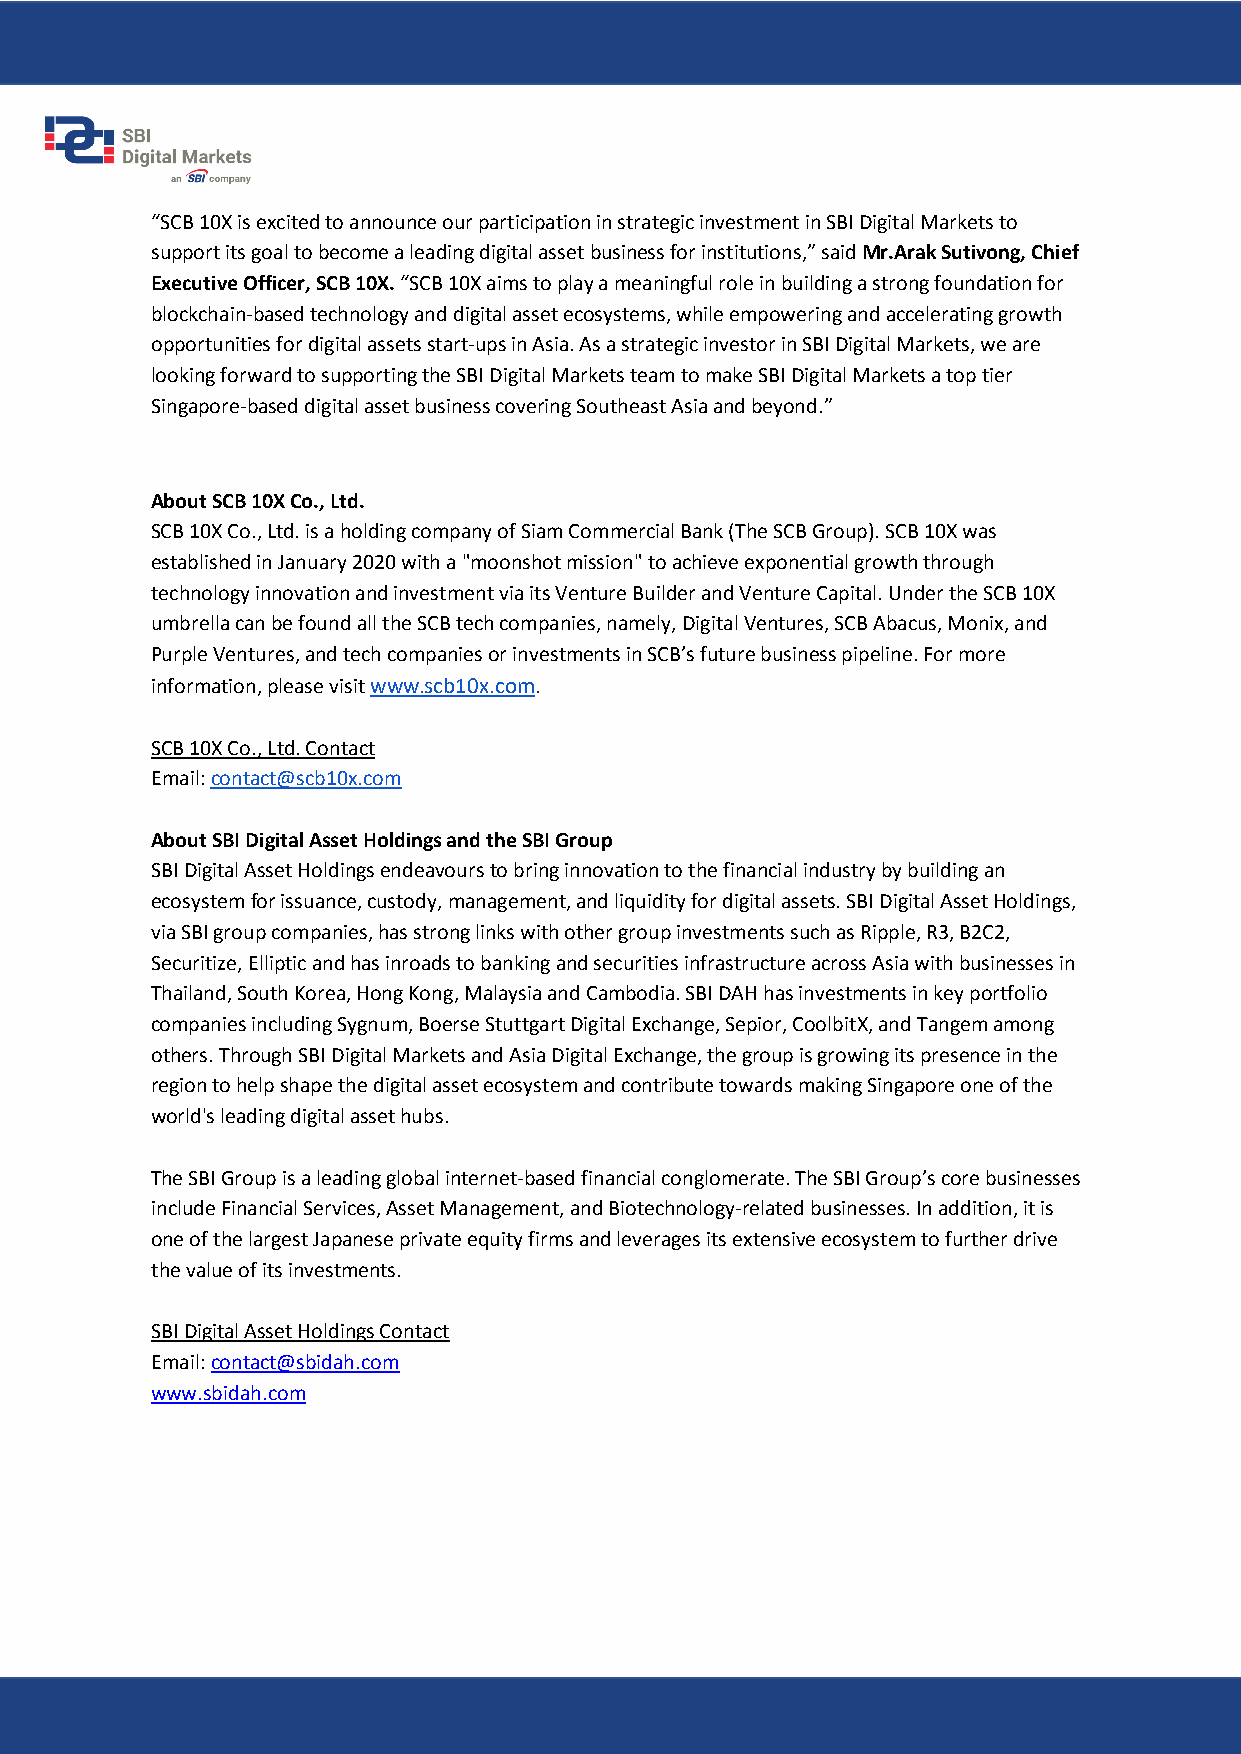
“SCB 10X is excited to announce our participation in strategic investment in SBI Digital Markets to
 support its goal to become a leading digital asset business for institutions,” said Mr.Arak Sutivong, Chief
 Executive Officer, SCB 10X. “SCB 10X aims to play a meaningful role in building a strong foundation for
 blockchain-based technology and digital asset ecosystems, while empowering and accelerating growth
 opportunities for digital assets start-ups in Asia. As a strategic investor in SBI Digital Markets, we are
 looking forward to supporting the SBI Digital Markets team to make SBI Digital Markets a top tier
 Singapore-based digital asset business covering Southeast Asia and beyond.”
 About SCB 10X Co., Ltd.
 SCB 10X Co., Ltd. is a holding company of Siam Commercial Bank (The SCB Group). SCB 10X was
 established in January 2020 with a "moonshot mission" to achieve exponential growth through
 technology innovation and investment via its Venture Builder and Venture Capital. Under the SCB 10X
 umbrella can be found all the SCB tech companies, namely, Digital Ventures, SCB Abacus, Monix, and
 Purple Ventures, and tech companies or investments in SCB’s future business pipeline. For more
 information, please visit www.scb10x.com.
 SCB 10X Co., Ltd. Contact
 Email: contact@scb10x.com
 About SBI Digital Asset Holdings and the SBI Group
 SBI Digital Asset Holdings endeavours to bring innovation to the financial industry by building an
 ecosystem for issuance, custody, management, and liquidity for digital assets. SBI Digital Asset Holdings,
 via SBI group companies, has strong links with other group investments such as Ripple, R3, B2C2,
 Securitize, Elliptic and has inroads to banking and securities infrastructure across Asia with businesses in
 Thailand, South Korea, Hong Kong, Malaysia and Cambodia. SBI DAH has investments in key portfolio
 companies including Sygnum, Boerse Stuttgart Digital Exchange, Sepior, CoolbitX, and Tangem among
 others. Through SBI Digital Markets and Asia Digital Exchange, the group is growing its presence in the
 region to help shape the digital asset ecosystem and contribute towards making Singapore one of the
 world's leading digital asset hubs.
 The SBI Group is a leading global internet-based financial conglomerate. The SBI Group’s core businesses
 include Financial Services, Asset Management, and Biotechnology-related businesses. In addition, it is
 one of the largest Japanese private equity firms and leverages its extensive ecosystem to further drive
 the value of its investments.
 SBI Digital Asset Holdings Contact
 Email: contact@sbidah.com
 www.sbidah.com